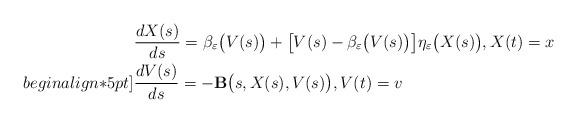
LaTeX: \begin{align*} & \frac{d X(s)}{ds} = \beta_\varepsilon\big(V(s)\big) + \big[V(s) - \beta_\varepsilon\big(V(s)\big)\big] \eta_\varepsilon\big(X(s)\big), X(t) = x \\begin{align*}5pt] & \frac{d V(s)}{ds} = -\mathbf{B}\big(s,X(s),V(s)\big), V(t) = v \end{align*}